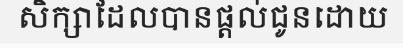
សិក្សាដែលបានផ្តល់ជូនដោយ